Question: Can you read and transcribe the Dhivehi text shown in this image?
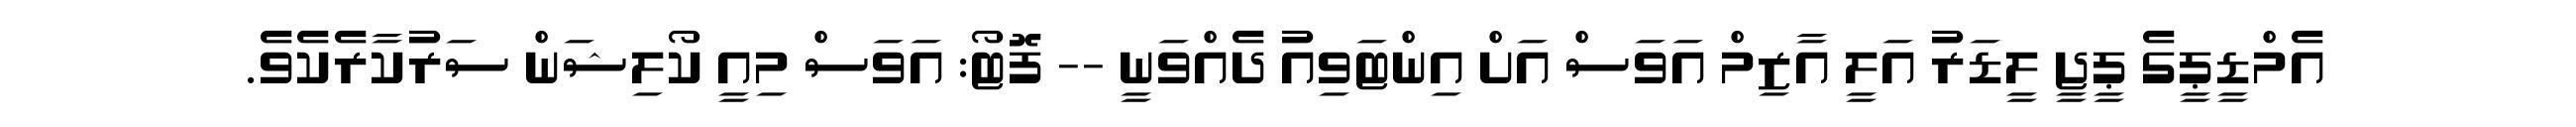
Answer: އެމްޑީޕީގެ ޕީޖީ ލީޑަރު އަލީ އާޒިމް އަވަސް އަށް އިންޓަވިއު ދެއްވަނީ -- ފޮޓޯ: އަވަސް މިއީ ކޯލިޝަން ސަރުކާރެކެވެ.